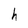
Character: h